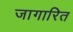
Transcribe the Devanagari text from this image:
जागारित